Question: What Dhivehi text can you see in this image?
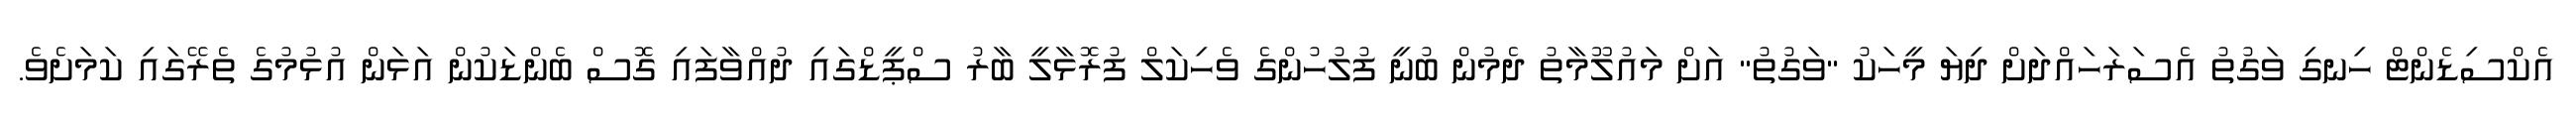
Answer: އެކްސިޑެންޓް ހިނގި ވަގުތު އެސަރަހައްދަށް ދިޔަ މީހަކު "ވަގުތު" އަށް މައުލޫމާތު ދެމުން ބުނީ ފުލުހުންގެ ވެހިކަލް ފުރޮޅާލީ ބާރު ސްޕީޑްގައި ދުއްވާފައި ގޮސް ބެންޑަކުން އަޅަން އުޅުމުގެ ތެރޭގައި ކަމަށެވެ.